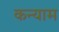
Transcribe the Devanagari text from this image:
कन्याम